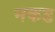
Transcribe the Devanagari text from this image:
नकड